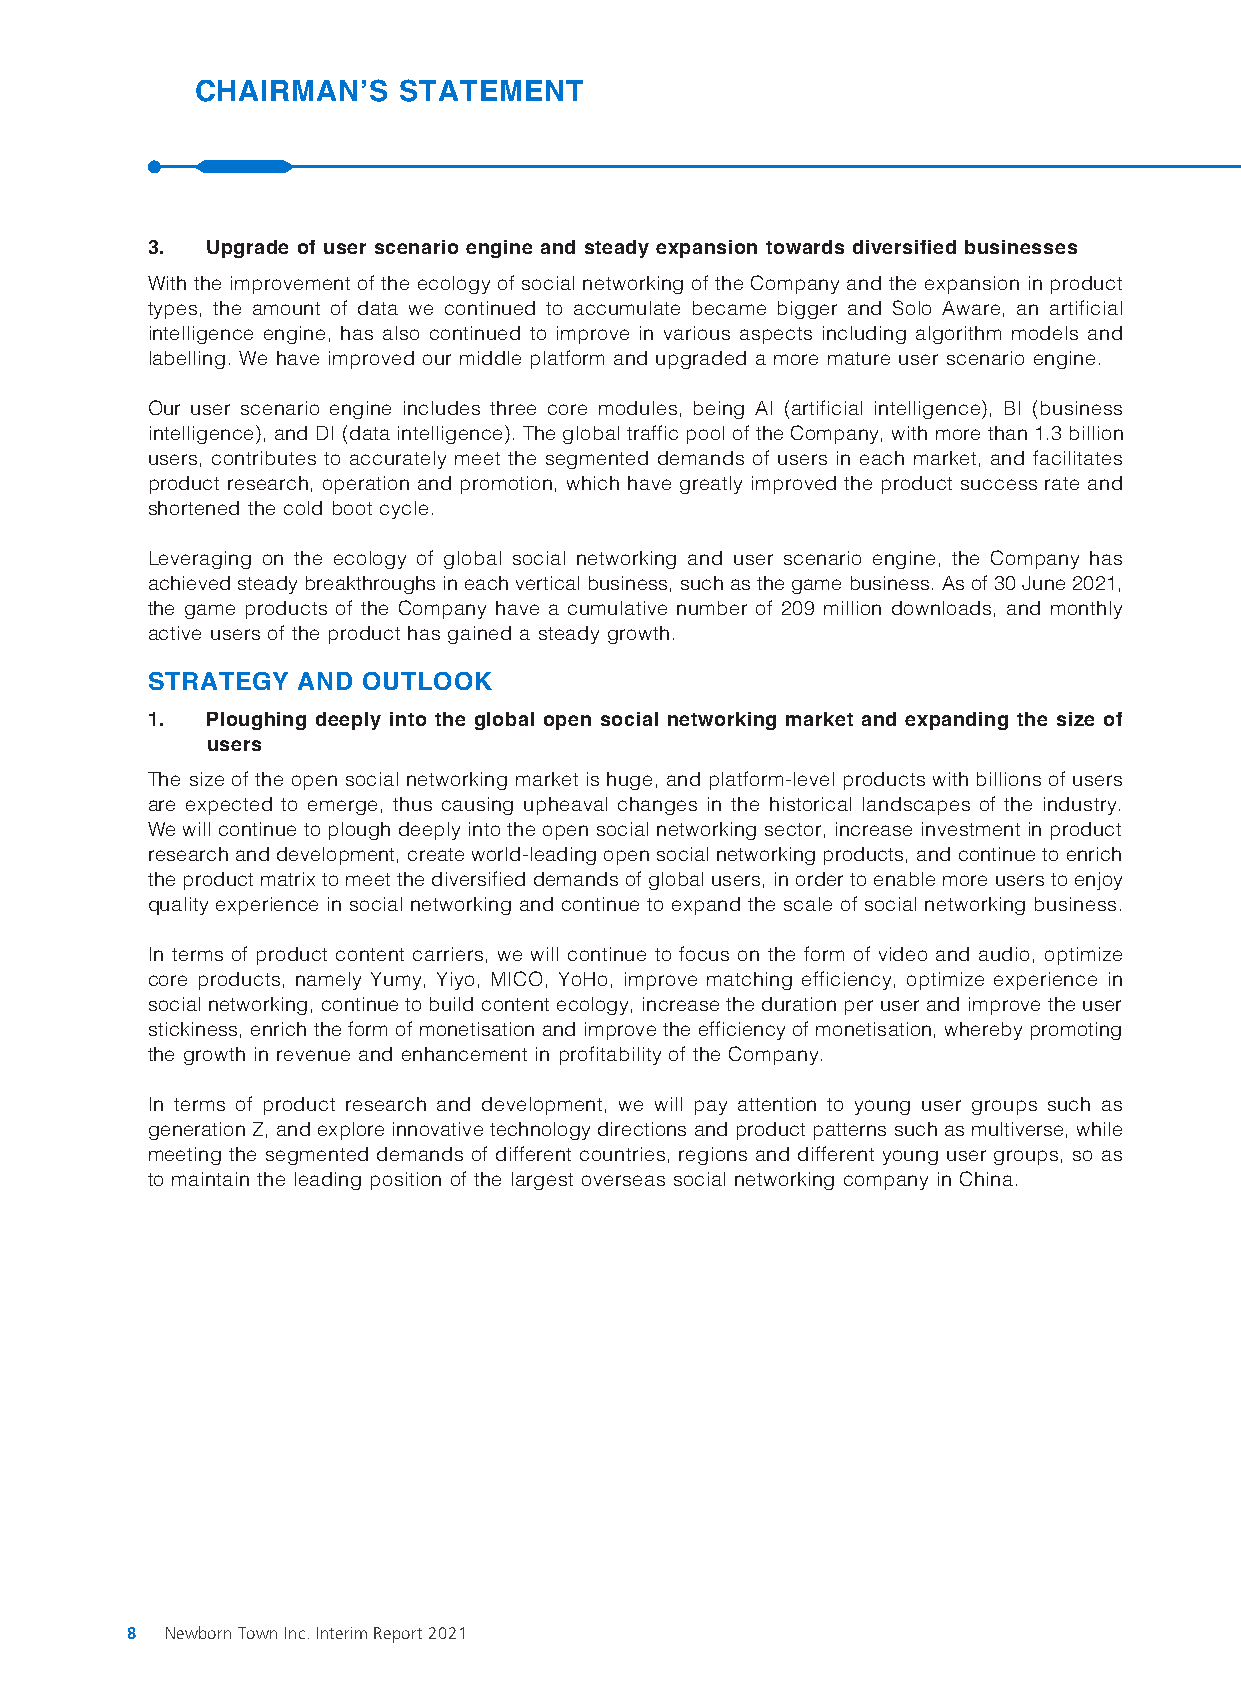
CHAIRMAN’S   STATEMENT
 3.  Upgrade of user scenario engine and steady expansion towards diversified businesses
 With the improvement of the ecology of social networking of the Company and the expansion in product
 types, the amount of data we continued to accumulate became bigger and Solo Aware, an artificial
 intelligence engine, has also continued to improve in various aspects including algorithm models and
 labelling. We have improved our middle platform and upgraded a more mature user scenario engine.
 Our user scenario engine includes three core modules, being AI (artificial intelligence), BI (business
 intelligence), and DI (data intelligence). The global traffic pool of the Company, with more than 1.3 billion
 users, contributes to accurately meet the segmented demands of users in each market, and facilitates
 product research, operation and promotion, which have greatly improved the product success rate and
 shortened the cold boot cycle.
 Leveraging on the ecology of global social networking and user scenario engine, the Company has
 achieved steady breakthroughs in each vertical business, such as the game business. As of 30 June 2021,
 the game products of the Company have a cumulative number of 209 million downloads, and monthly
 active users of the product has gained a steady growth.
 STRATEGY  AND OUTLOOK
 1.  Ploughing deeply into the global open social networking market and expanding the size of
 users
 The size of the open social networking market is huge, and platform-level products with billions of users
 are expected to emerge, thus causing upheaval changes in the historical landscapes of the industry.
 We will continue to plough deeply into the open social networking sector, increase investment in product
 research and development, create world-leading open social networking products, and continue to enrich
 the product matrix to meet the diversified demands of global users, in order to enable more users to enjoy
 quality experience in social networking and continue to expand the scale of social networking business.
 In terms of product content carriers, we will continue to focus on the form of video and audio, optimize
 core products, namely Yumy, Yiyo, MICO, YoHo, improve matching efficiency, optimize experience in
 social networking, continue to build content ecology, increase the duration per user and improve the user
 stickiness, enrich the form of monetisation and improve the efficiency of monetisation, whereby promoting
 the growth in revenue and enhancement in profitability of the Company.
 In terms of product research and development, we will pay attention to young user groups such as
 generation Z, and explore innovative technology directions and product patterns such as multiverse, while
 meeting the segmented demands of different countries, regions and different young user groups, so as
 to maintain the leading position of the largest overseas social networking company in China.
 8  Newborn Town Inc. Interim Report 2021